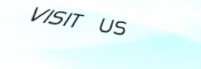
VISIT US